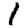
Digit: 1